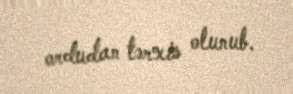
ordudan tərxis olunub.